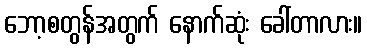
ဘော့စတွန်အတွက် နောက်ဆုံး ခေါ်တာလား။